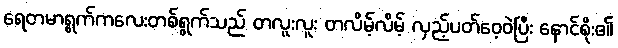
ရေတမာရွက်ကလေးတစ်ရွက်သည် တလူးလူး တလိမ့်လိမ့် လှည့်ပတ်ဝေ့ဝဲပြီး နောင်စိုး၏